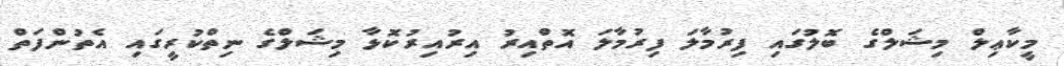
މީކާޢިލް މިޝަލްގެ ބޮލުގައި ފިރުމާލަ ފިރުމާލަ އޮތްއިރު އިރުއިރުކޮޅާ މިޝަލްގެ ނިތްކުރީގައި އެތުންފަތް